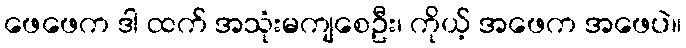
ဖေဖေက ဒါ ထက် အသုံးမကျစေဦး၊ ကိုယ့် အဖေက အဖေပဲ။